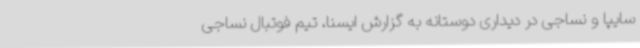
سایپا و نساجی در دیداری دوستانه به گزارش ایسنا، تیم فوتبال نساجی